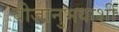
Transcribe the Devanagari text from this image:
बीजानुभवाशी